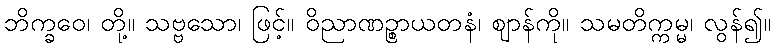
ဘိက္ခဝေ၊ တို့။ သဗ္ဗသော၊ ဖြင့်။ ဝိညာဏဉ္စာယတနံ၊ ဈာန်ကို။ သမတိက္ကမ္မ၊ လွန်၍။